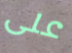
على